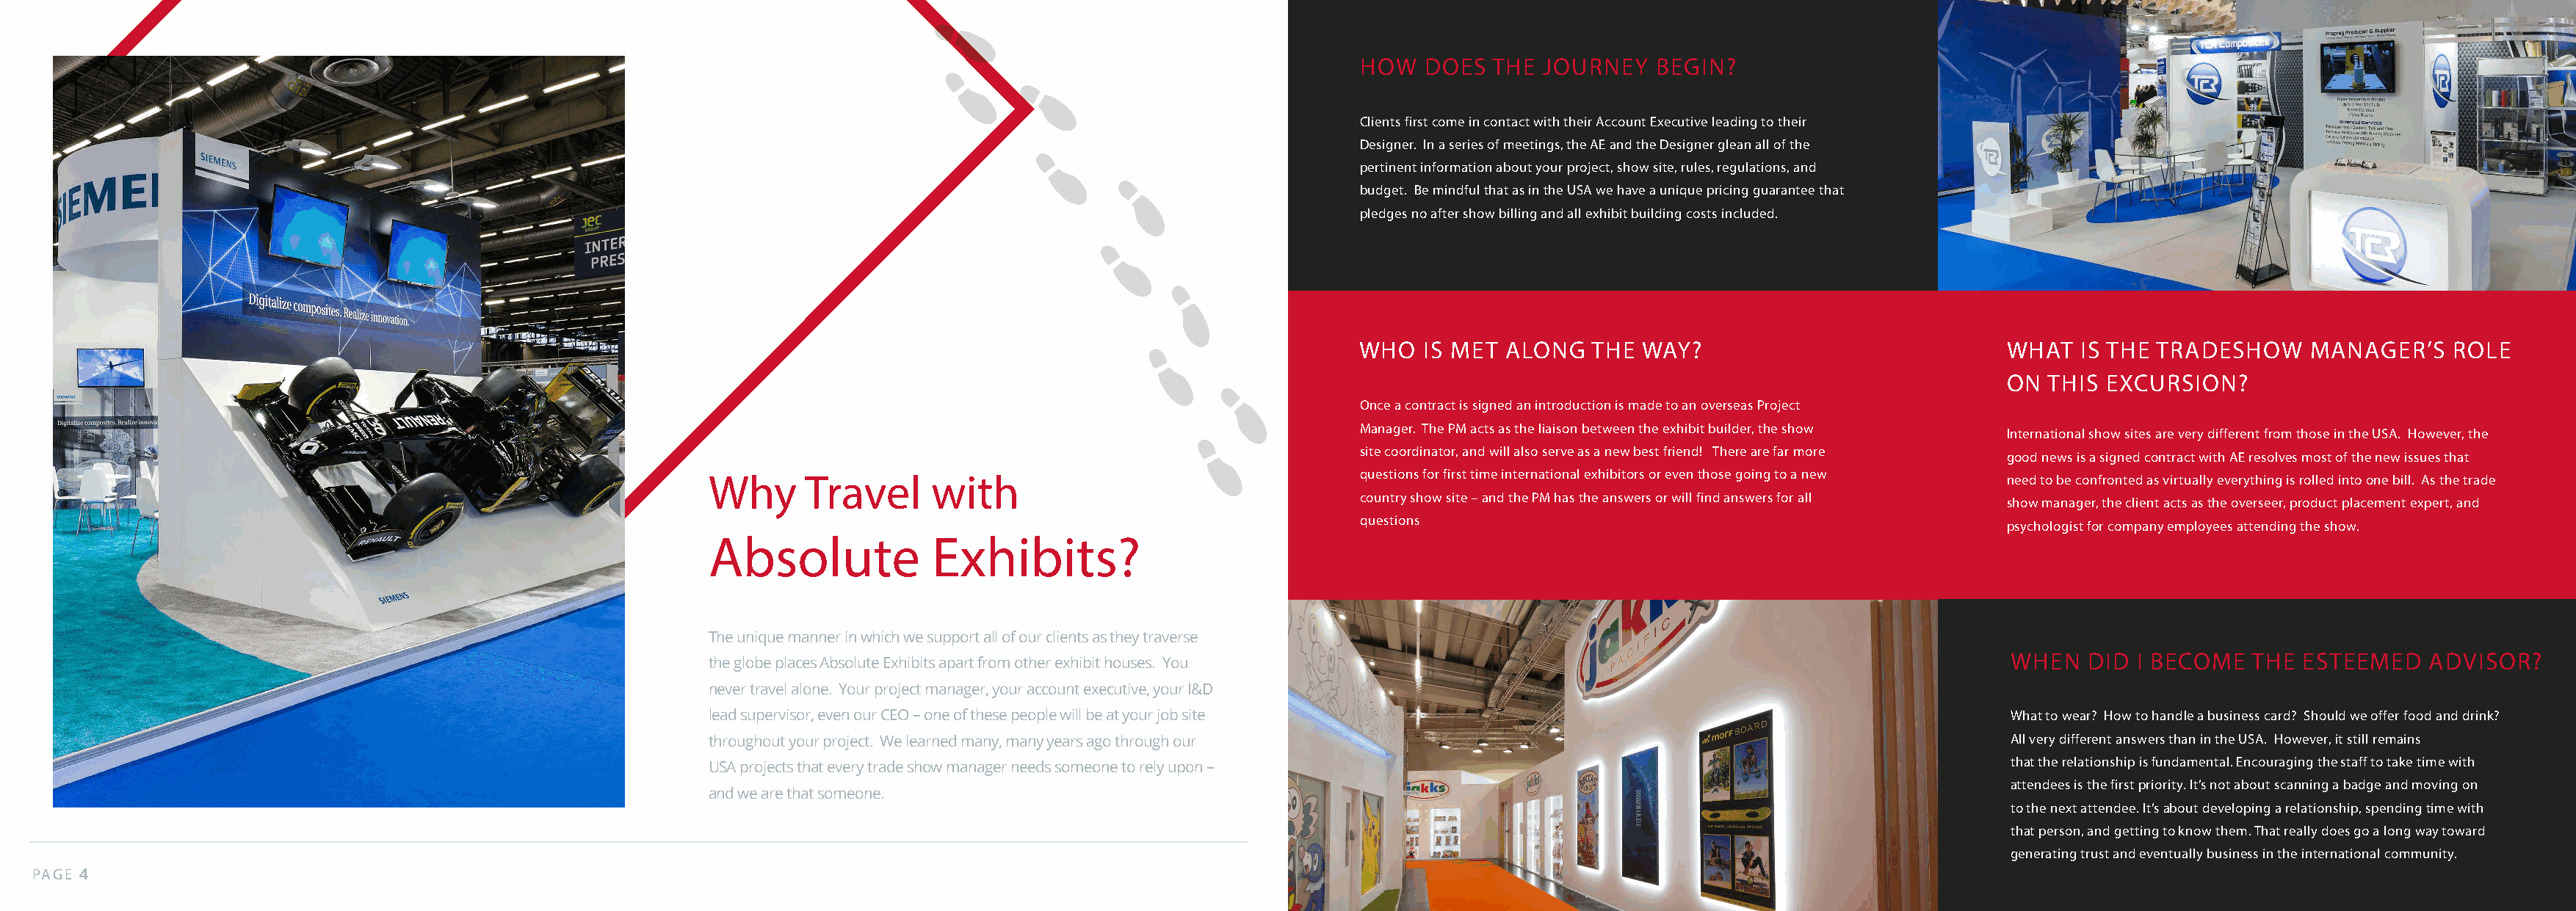
HOW  DOES   THE JOURNEY   BEGIN?
 Clients first come in contact with their Account Executive leading to their
 Designer. In a series of meetings, the AE and the Designer glean all of the
 pertinent information about your project, show site, rules, regulations, and
 budget. Be mindful that as in the USA we have a unique pricing guarantee that
 pledges no after show billing and all exhibit building costs included.
 WHO  IS MET  ALONG   THE WAY?                             WHAT   IS THE TRADESHOW    MANAGER’S    ROLE
 ON  THIS EXCURSION?
 Once a contract is signed an introduction is made to an overseas Project
 Manager. The PM acts as the liaison between the exhibit builder, the show
 International show sites are very different from those in the USA. However, the
 site coordinator, and will also serve as a new best friend! There are far more
 good news is a signed contract with AE resolves most of the new issues that
 Why      Travel     with                                   questions for first time international exhibitors or even those going to a new need to be confronted as virtually everything is rolled into one bill. As the trade
 country show site – and the PM has the answers or will find answers for all
 show manager, the client acts as the overseer, product placement expert, and
 questions
 psychologist for company employees attending the show.
 Absolute            Exhibits?
 The unique manner in which we support all of our clients as they traverse
 WHEN   DID I BECOME   THE ESTEEME   D ADVISOR?
 the globe places Absolute Exhibits apart from other exhibit houses. You
 never travel alone. Your project manager, your account executive, your I&D
 lead supervisor, even our CEO – one of these people will be at your job site                                         What to wear? How to handle a business card? Should we offer food and drink?
 throughout your project. We learned many, many years ago through our                                                 All very different answers than in the USA. However, it still remains
 that the relationship is fundamental. Encouraging the staff to take time with
 USA projects that every trade show manager needs someone to rely upon –
 attendees is the first priority. It’s not about scanning a badge and moving on
 and we are that someone.
 to the next attendee. It’s about developing a relationship, spending time with
 that person, and getting to know them. That really does go a long way toward
 generating trust and eventually business in the international community.
 PAGE 4                                                                                                               PAGE 5